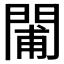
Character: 𨴪